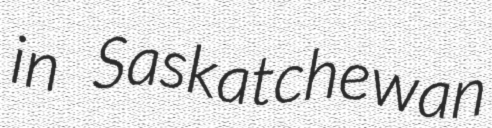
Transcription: in Saskatchewan